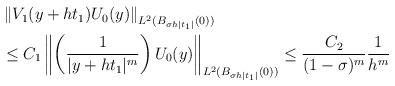
LaTeX: \begin{align*}\begin{aligned} &\left\| V_1(y+ht_1)U_{0}(y)\right\|_{L^2(B_{{\sigma} h|t_1|}(0))}\\&\le C_1 \left\| \left( \frac{1}{|y+ht_1|^{m }}\right)U_{0}(y)\right\|_{L^2(B_{{\sigma} h|t_1|}(0))}\le \frac{C_2}{(1-{\sigma})^m}\frac{1}{ {{h}^{m }}} \end{aligned}\end{align*}